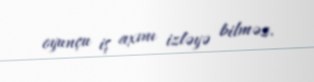
oyunçu iş axını izləyə bilməz.